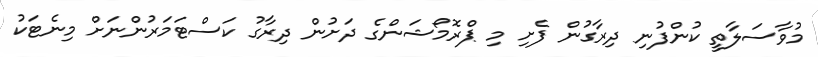
މުވާސަލާތީ ކުންފުނި ދިރާގުން ފެށި މި ޕްރޮމޯޝަންގެ ދަށުން ދިރާގު ކަސްޓަމަރުންނަށް މިނެޓަކު